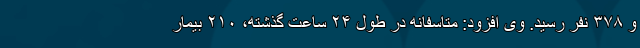
و ۳۷۸ نفر رسید. وی افزود: متاسفانه در طول ۲۴ ساعت گذشته، ۲۱۰ بیمار